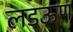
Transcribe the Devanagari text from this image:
लडऊण